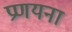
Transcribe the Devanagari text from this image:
प्रणयना